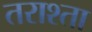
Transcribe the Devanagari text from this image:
तराश्ता